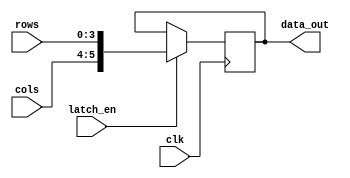
`timescale 1ns / 1ps
//////////////////////////////////////////////////////////////////////////////////
// 
// Design Name: Keypad Data Latch
// Module Name: key_latch 
// Project Name: Keypad Controller
// Target Devices: XC2C256
// Description: Stores the currently pressed key data until it can be shifted.
//
//////////////////////////////////////////////////////////////////////////////////
module key_latch(
	input wire clk,
	input wire latch_en,
    input wire [3:0] rows,
    input wire [1:0] cols,
	output reg [5:0] data_out
);

    // For Simulations
    initial begin
        data_out = 6'b0;
    end

	always @(posedge clk) begin
		if(latch_en)
            data_out = {cols,rows};
        else
            data_out = data_out;
	end

endmodule